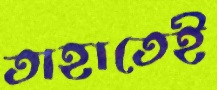
তাহাতেই